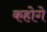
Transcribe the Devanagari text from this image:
कहोगे